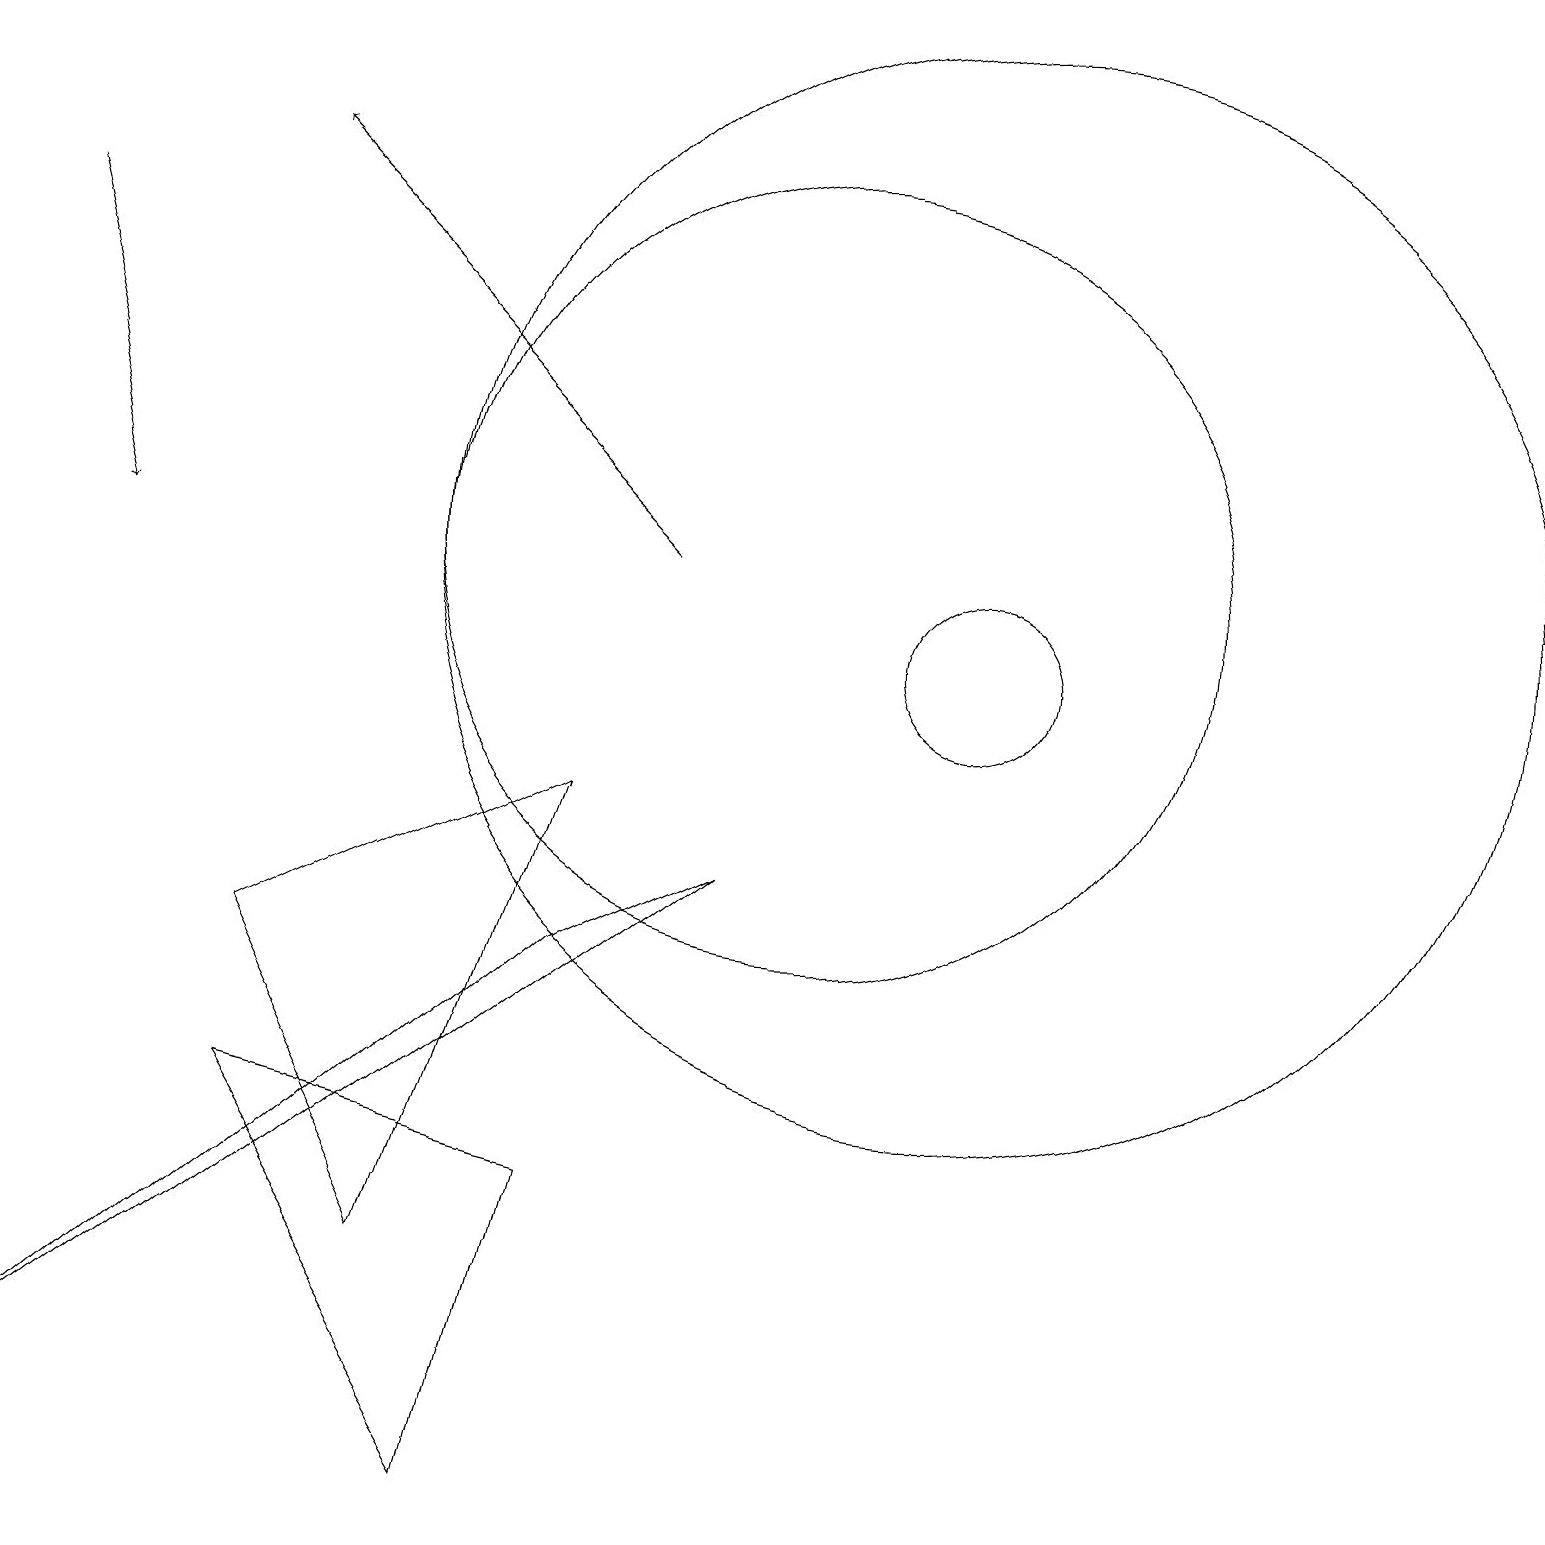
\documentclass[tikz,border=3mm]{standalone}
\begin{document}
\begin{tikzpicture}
\draw (7,9) -- (5,3) -- (3,7) -- cycle;
\draw (12,12) circle (7);
\draw (9,8) -- (0,1) -- (7,7) -- cycle;
\draw (3,5) -- (7,4) -- (6,0) -- cycle;
\draw[->] (0,16) -- (1,12);
\draw[->] (8,12) -- (3,17);
\draw (10,12) circle (5);
\draw (12,11) circle (1);
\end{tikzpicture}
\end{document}